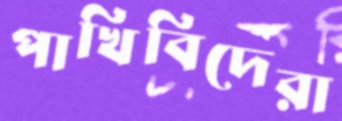
পাখিবিদেরা